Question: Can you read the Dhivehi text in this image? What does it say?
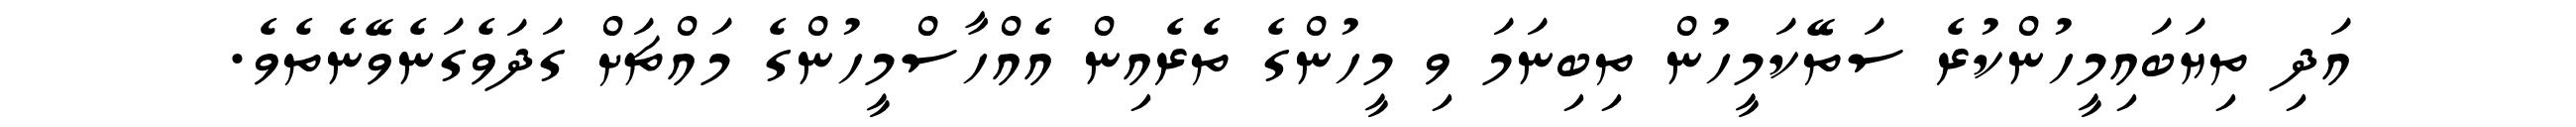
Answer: އަދި ތިޔަބައިމީހުންކުރެ ސަތޭކަމީހުން ތިބިނަމަ ވި މީހުންގެ ތެރެއިން އެއްހާސްމީހުންގެ މައްޗަށް ގަދަވެގަނެވޭނެތެވެ.